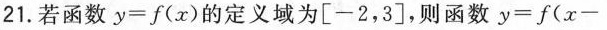
21.若函数y=f(x)的定义域为[-2，3]，则函数y=f(x-